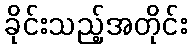
ခိုင်းသည့်အတိုင်း